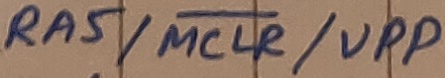
Text: RA5/MCLR/VPP